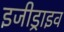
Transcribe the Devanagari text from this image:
इजीड्राइव